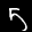
Label: 5